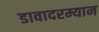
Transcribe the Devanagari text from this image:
डावादरम्यान